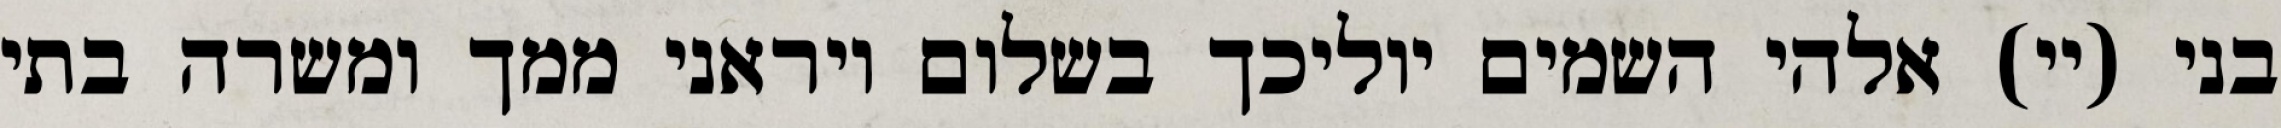
בני (יי) אלהי השמים יוליכך בשלום ויראני ממך ומשרה בתי